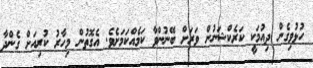
ހުޅުވިގެން ދިއުމަކީ ކަރެކްޝަނުން ވަރަށް ބޭނުންވާ ކަމެއްކަމަށެވެ. އެގޮތުން މިހާރު ކުރިއަށް ގެންދާ